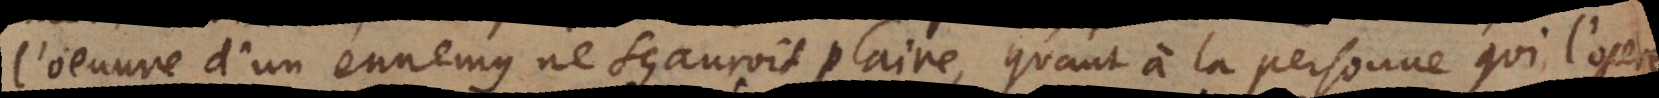
l’oeuvre d’un ennemy ne sçauroit plaire, quant à la personne qui l’opere,